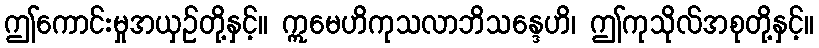
ဤကောင်းမှုအယှဉ်တို့နှင့်။ ဣမေဟိကုသလာဘိသန္ဒေဟိ၊ ဤကုသိုလ်အစုတို့နှင့်။